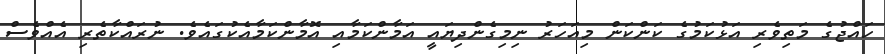
ހައްޖުގެ މަތިވެރި އަޅުކަމުގެ ކަންކަން މިއަހަރު ނިމިގެންދިޔައީ އަމާންކަމާއި އޮމާންކަމާއެކުގައެވެ. ނުރައްކާތެރި އެއްވެސް